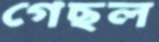
গেছল